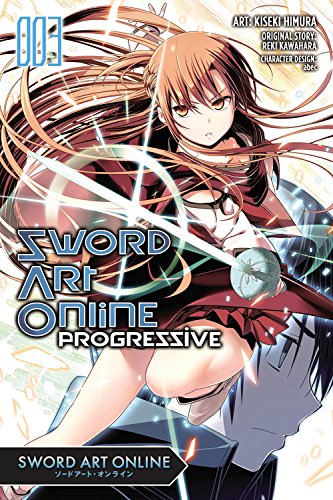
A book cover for Sword Art Online Progressive, Vol. 3 (manga) (Sword Art Online Progressive Manga); Reki Kawahara; Comics & Graphic Novels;